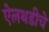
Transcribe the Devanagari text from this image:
ऐलथडीचे